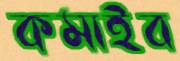
কমাইব